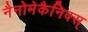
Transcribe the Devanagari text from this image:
नैनोमेकैनिक्स्